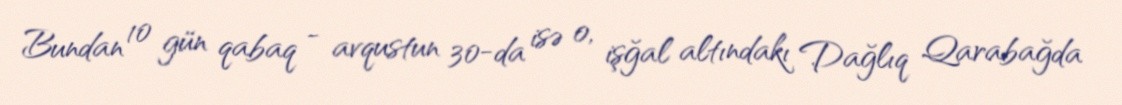
Bundan 10 gün qabaq - avqustun 30-da isə o, işğal altındakı Dağlıq Qarabağda